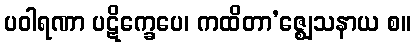
ပဝါရဏာ ပဋိက္ခေပေ၊ ကထိတာ’ဇ္ဈေသနာယ စ။